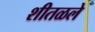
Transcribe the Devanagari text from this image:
शीतळले